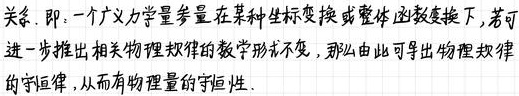
关系. 即: 一个广义力学量参量在某种坐标变换或整体函数变换下, 若可进一步推出相关物理规律的数学形式不变, 那么由此可导出物理规律的守恒律, 从而有物理量的守恒性.